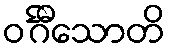
ဝင်္ဂီသောတိ